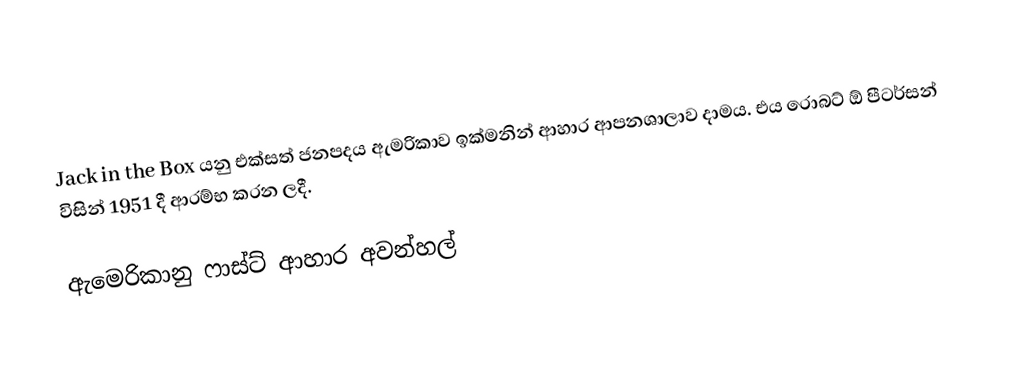
Jack in the Box යනු එක්සත් ජනපදය ඇමරිකාව ඉක්මනින් ආහාර ආපනශාලාව දාමය. එය රොබට් ඕ පීටර්සන් විසින් 1951 දී ආරම්භ කරන ලදී.

 ඇමෙරිකානු ෆාස්ට් ආහාර අවන්හල්